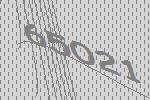
65021